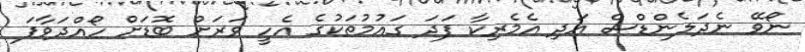
ނޯވޭ ނެދަލެންޑްސް އަދި އެމެރިކާ ފަދަ ގައުމުތަކުގެ އެހީ ވަރަށް ބޮޑަށް ހޯއްދަވާފަ